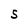
Character: S